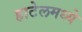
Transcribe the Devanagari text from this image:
हाटेलमध्ये